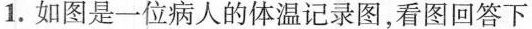
1.如图是一位病人的体温记录图，看图回答下